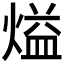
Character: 𰟏